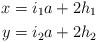
LaTeX: \begin{align*}x & = i_1 a + 2 h_1 \\y & = i_2 a + 2 h_2 \end{align*}